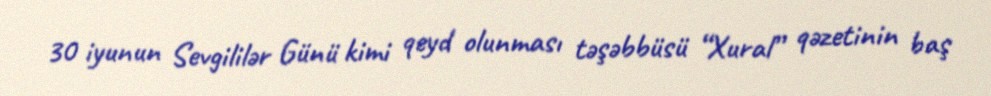
30 iyunun Sevgililər Günü kimi qeyd olunması təşəbbüsü “Xural” qəzetinin baş